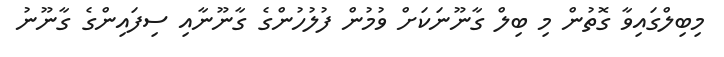
މިބިލްގައިވާ ގޮތުން މި ބިލް ގާނޫނަަކަށް ވުމުން ފުލުހުންގެ ގާނޫނާއި ސިފައިންގެ ގާނޫނު